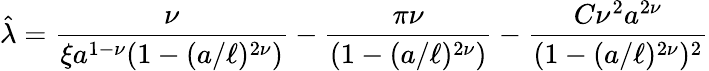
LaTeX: {\hat{\lambda}}={\frac{\nu}{\xi a^{1-\nu}(1-(a/\ell)^{2\nu})}}-{\frac{\pi\nu}{(1-(a/\ell)^{2\nu})}}-{\frac{C\nu^{2}a^{2\nu}}{(1-(a/\ell)^{2\nu})^{2}}}